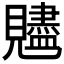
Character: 𧢙